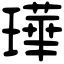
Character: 璍